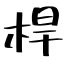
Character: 桿